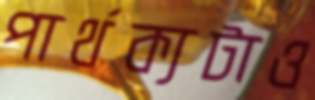
পার্থক্যটাও